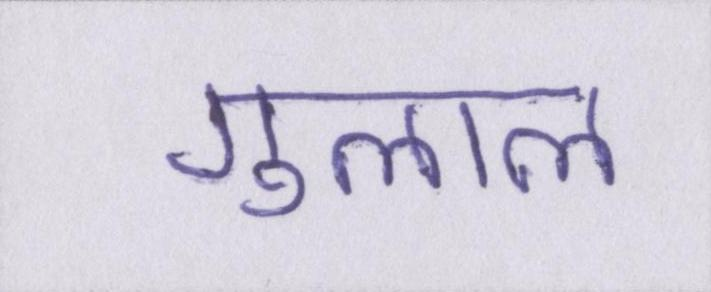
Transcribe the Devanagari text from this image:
गुलाल